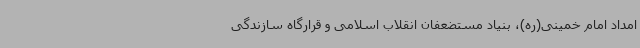
امداد امام خمینی(ره)، بنیاد مستضعفان انقلاب اسلامی و قرارگاه سازندگی